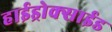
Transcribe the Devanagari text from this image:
हाईड्रोक्साईड